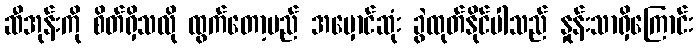
ဆီအုန်းကို စိတ်ရှိသလို ထွက်တော့မည် အမှောင်ဆုံး ခွဲထုတ်နိုင်ပါသည် နှုန်းသာရှိကြောင်း